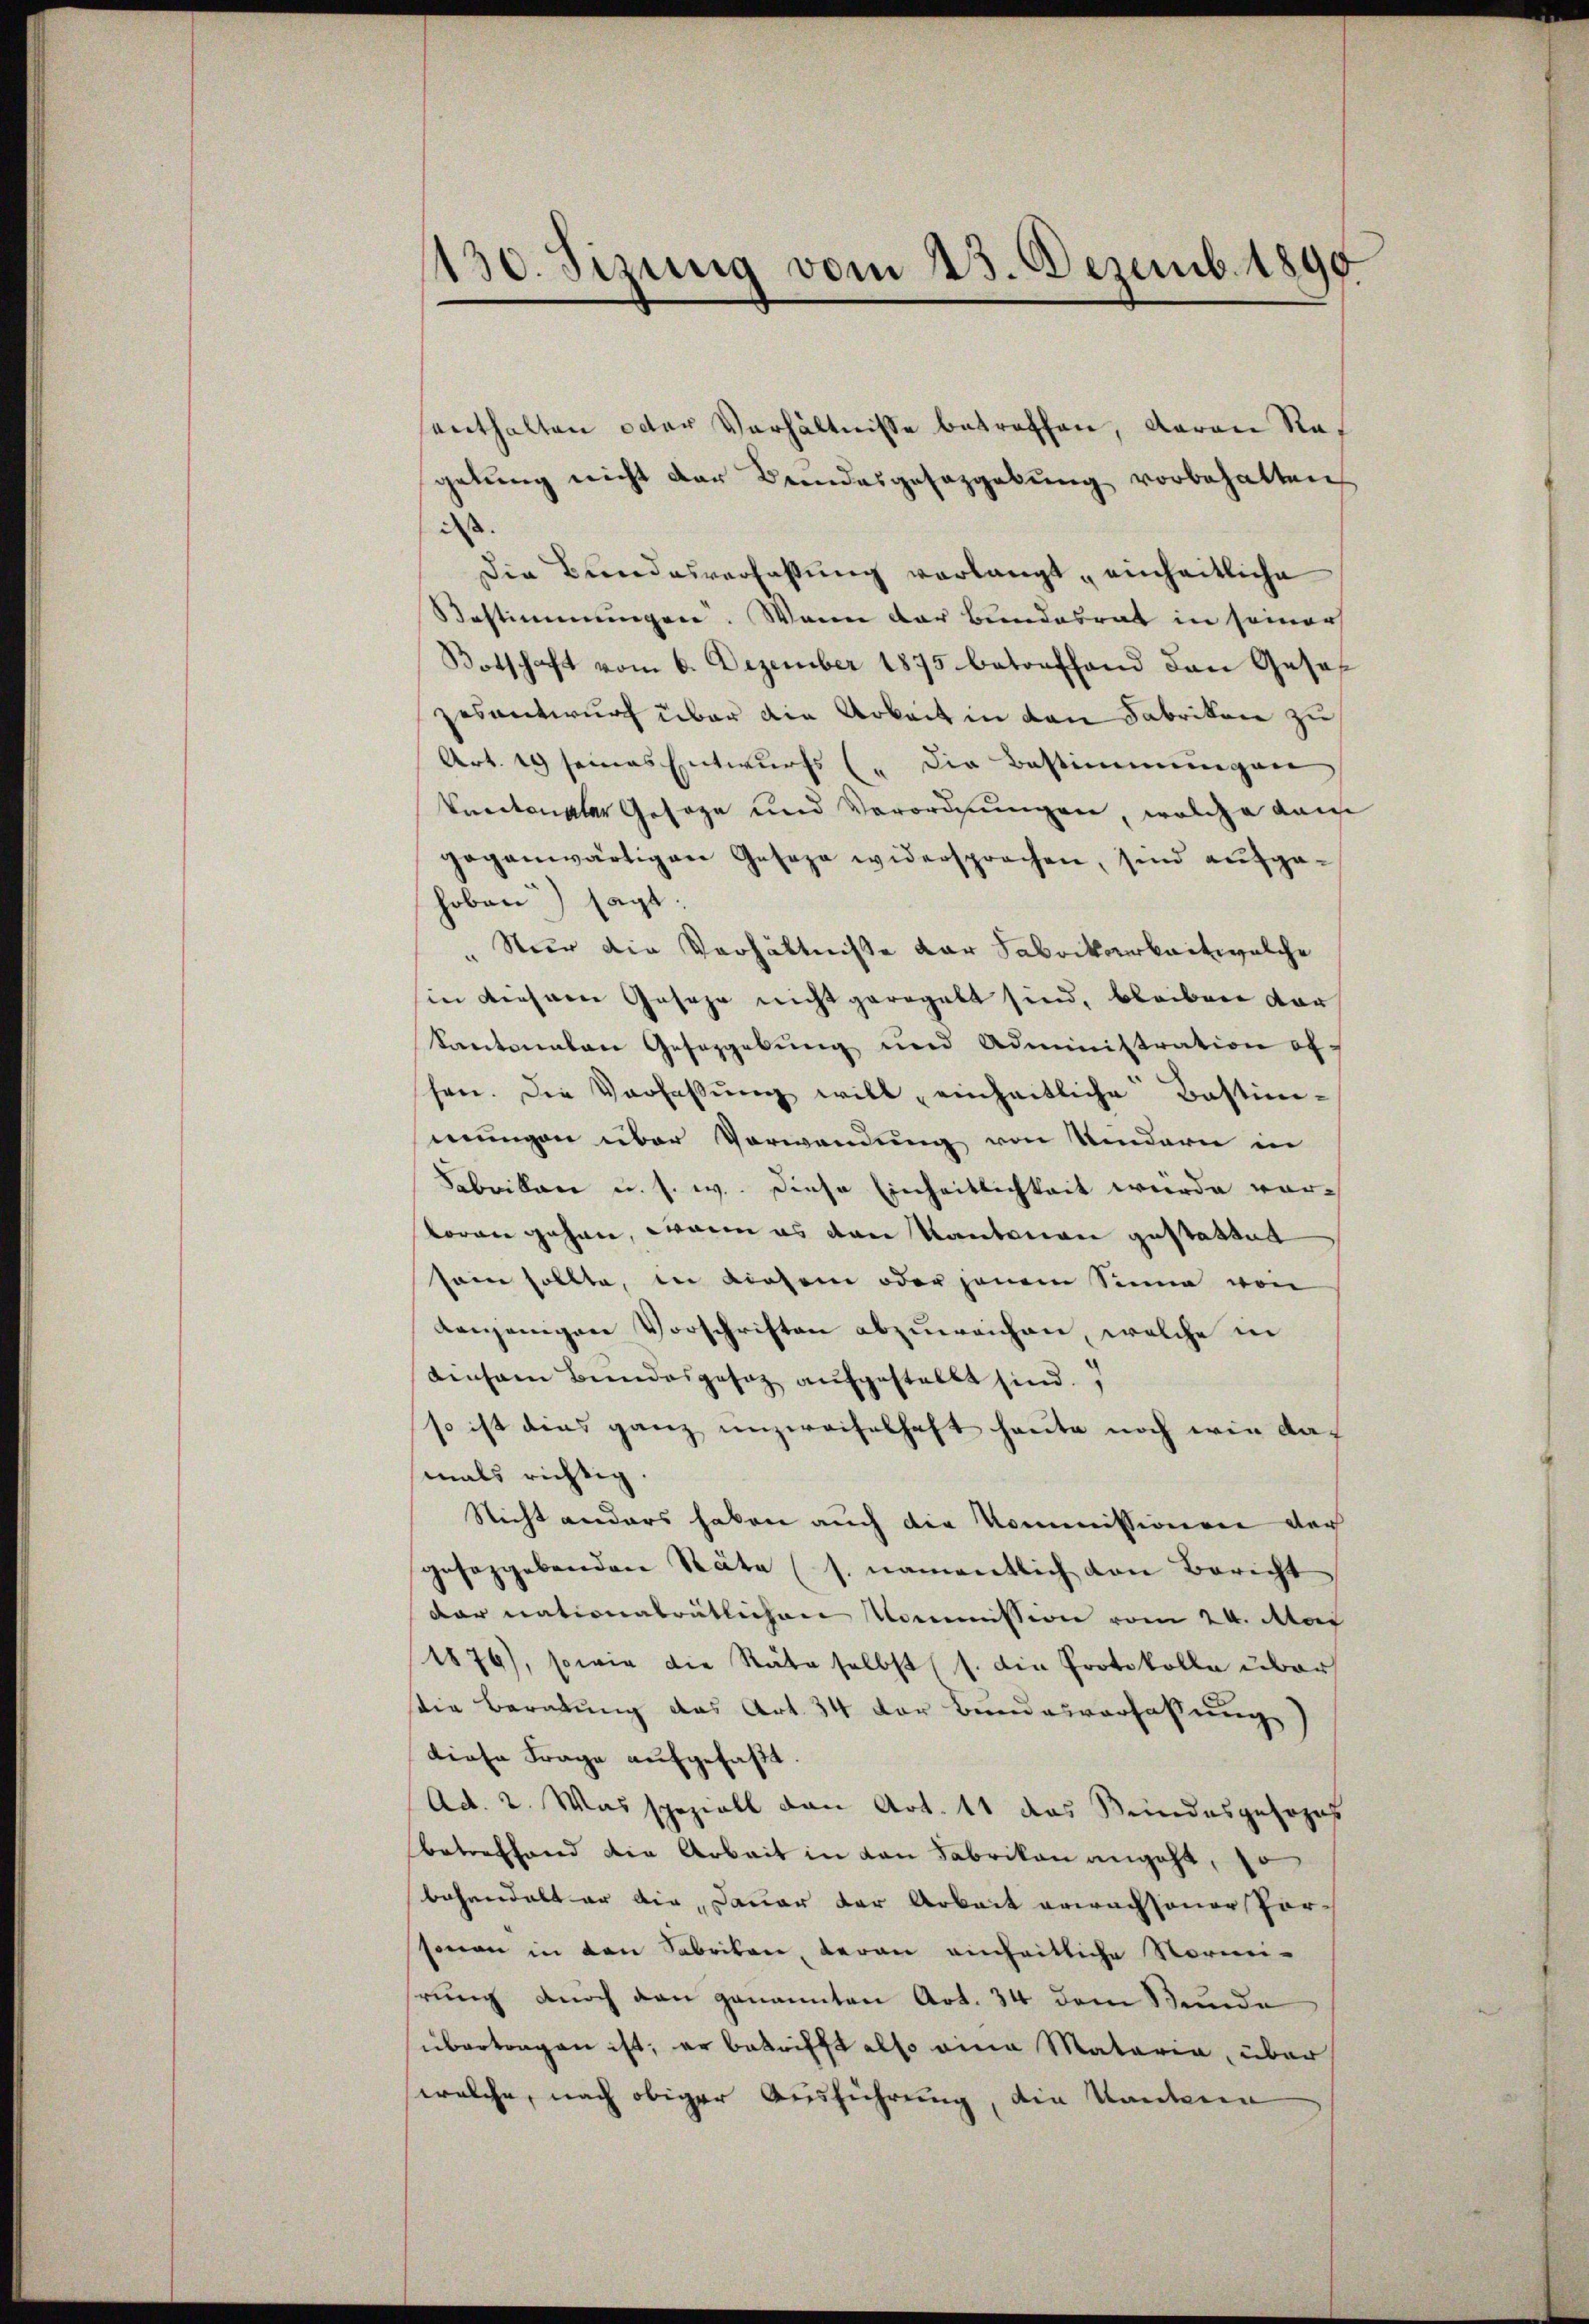
130. Sizung vom 23. Dezemb. 1890

enthalten oder Verhältnisse betroffen, davon Regelung nicht der Beendesgesazgebung vorbehalten
dass
Die Bundesverfassung verlangt einheitliche
Bestimmungen. Wenn der Bundesrat in seiner
Botschaft vom 6. Dezember 1875 betreffend den Gesezesentwurf über die Arbeit in den Fabriken zu
Art. 19 seines Entwurfs (die Bestimmungen
Pundtonaler Gesage und Verordnungen, welche dam
gegenwärtigen Geseze widersprechen, sind aufgehoben) sagt:
" Nur die Verhältnisse der Fabrikarbeit welche
in verharre Gesage nicht geregelt sind, bleiben dar
kantonalen Geseggebŭng und Administration of-
schen. Die Verfassŭng will einheitliche Bestimmungen über Verwendung von Kindern in
Fabrikane u. s. w. Diese Einheitlichkeit wurde vorloren gehen, wenn es von Kantonen gestattet
sein sollte, in Liesem oder jenem Sinne von
denjenigen Vorschriften abzuweichen, welche in
einsam Bundesgesetz aufgestellt sind.
so ist dies ganz unzweifelhaft heute noch wie damals richtig.
Nicht anders haben auch die Kommissionen der
gesaggebenden Räte (s. namentlich von Bericht
dar nationalrätlichen Kommission vom 24. Mai
1876), sowie die Räte selbst (s. die Protokolle über
sie Beratung das Art. 34 der Bundesverfassung)
diese Frage aufgefaßt.
Ad. 2. Was speziell den Art. 11 das Kundesgesezes
Betreffend die Arbeit in von Fabrikon angeht, so
behandelt er die Dauer der Arbeit erwachsener Porsonen in den Fabrikan, daran einheitliche Vormi-
hrung noch den genannten Art. 34 dem Stunde
übertragen ist, er betrifft also eine Mataria, über
welche, nach obiger Ausführung, die Kantona